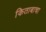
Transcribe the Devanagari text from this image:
किताबाचा